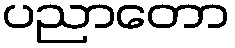
ပညာတော